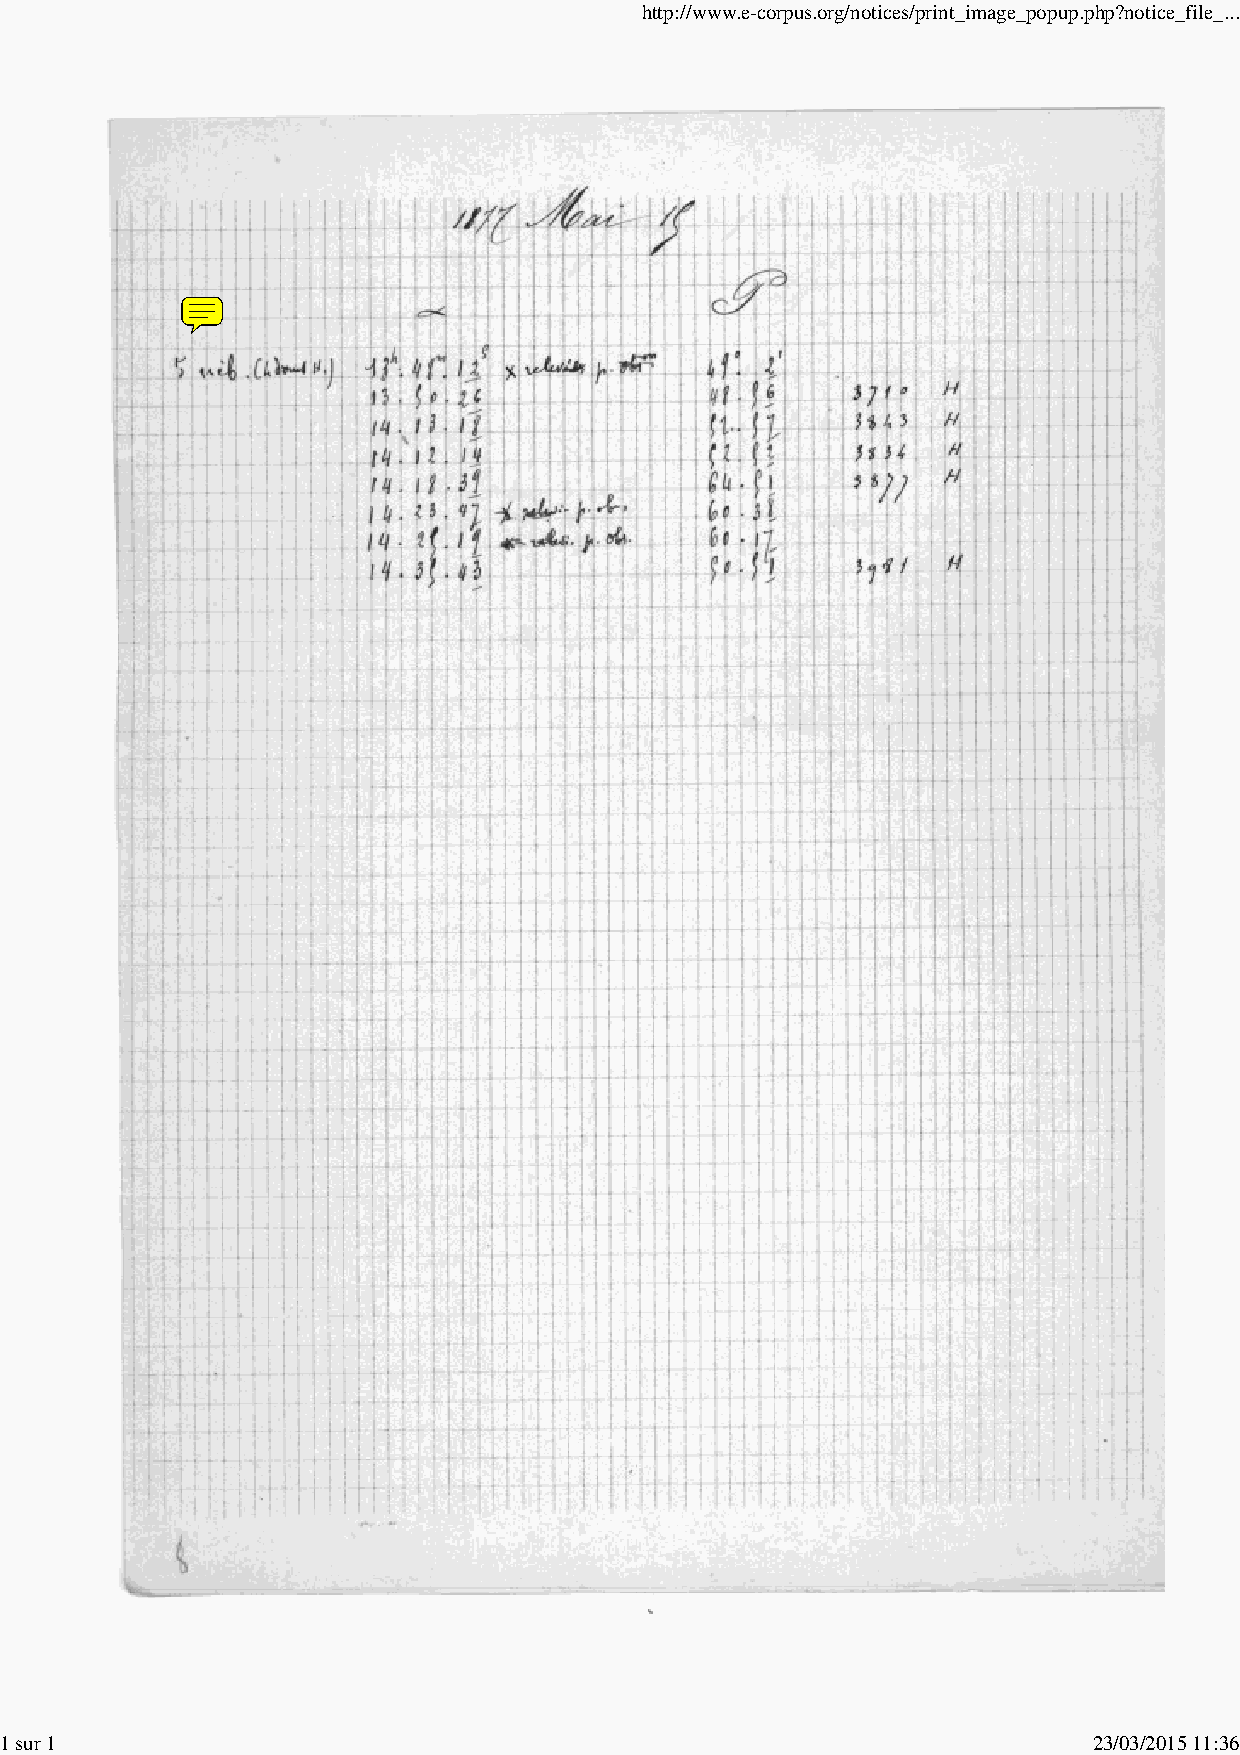
http://www.e-corpus.org/notices/print_image_popup.php?notice_file_...
 1 sur 1                                                                 23/03/2015 11:36